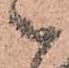
被